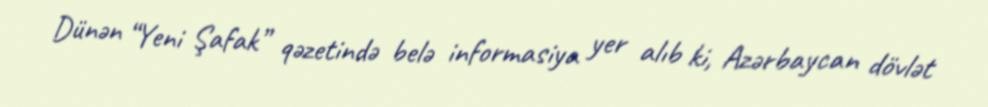
Dünən “Yeni Şafak” qəzetində belə informasiya yer alıb ki, Azərbaycan dövlət